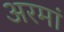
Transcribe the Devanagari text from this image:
अरमां